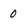
Character: 0